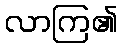
လာကြ၏